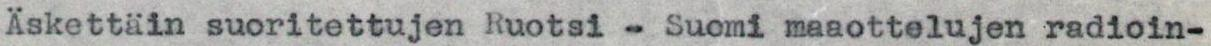
Äskettäin suoritettujen Ruotsi - Suomi maaottelujen radioin-